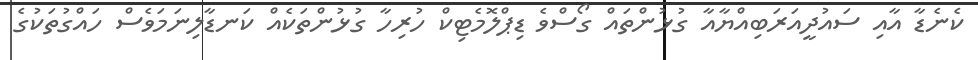
ކެނެޑާ އާއި ސައުދީއަރަބިއްޔާއާ ގުޅުންތައް ގޯސްވެ ޑިޕްލޮމެޓިކް ހުރިހާ ގުޅުންތަކެއް ކަނޑާލިނަމަވެސް ހައްގުތަކުގެ